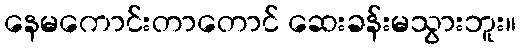
နေမကောင်းတာတောင် ဆေးခန်းမသွားဘူး။